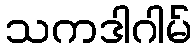
သကဒါဂါမ်